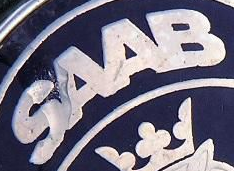
SAAB